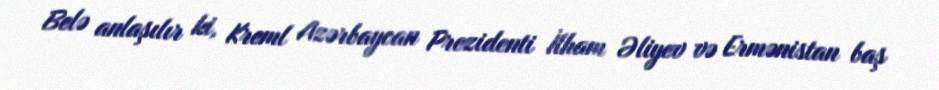
Belə anlaşılır ki, Kreml Azərbaycan Prezidenti İlham Əliyev və Ermənistan baş